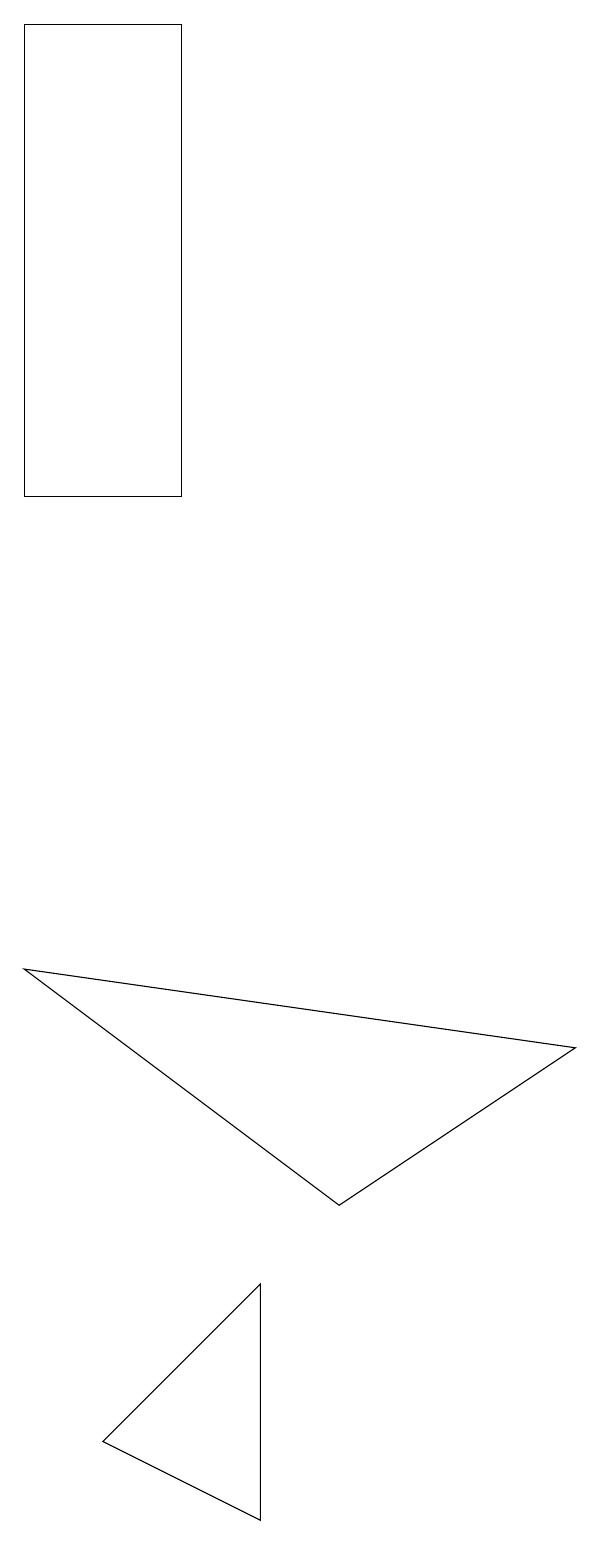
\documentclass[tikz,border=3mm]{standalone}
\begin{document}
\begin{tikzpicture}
\draw (4,3) -- (4,0) -- (2,1) -- cycle;
\draw (1,7) -- (5,4) -- (8,6) -- cycle;
\draw (1,13) rectangle (3,19);
\draw (3,19) rectangle (3,18);
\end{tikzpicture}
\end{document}